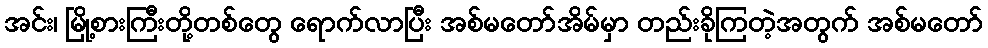
အင်း၊ မြို့စားကြီးတို့တစ်တွေ ရောက်လာပြီး အစ်မတော်အိမ်မှာ တည်းခိုကြတဲ့အတွက် အစ်မတော်